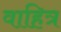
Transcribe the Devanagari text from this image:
वाहित्र